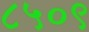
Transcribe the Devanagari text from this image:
८५०९